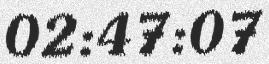
02:47:07